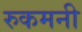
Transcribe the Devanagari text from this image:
रुकमनी